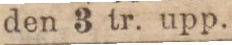
Kostnadsfri